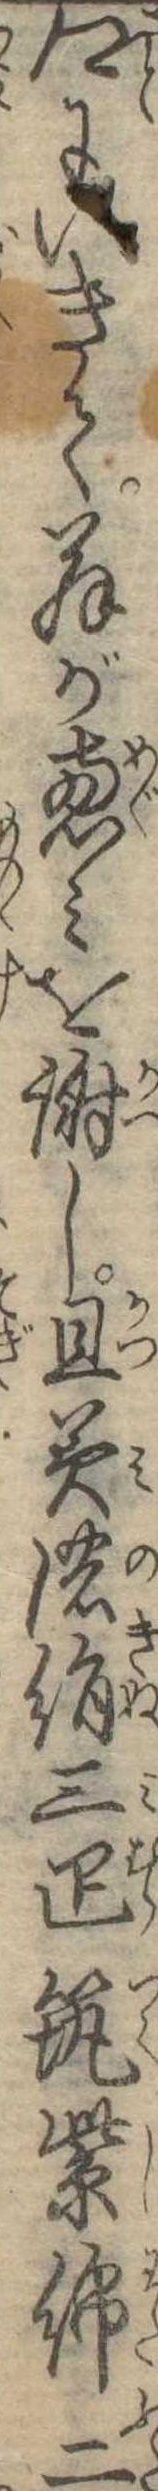
郷にいきて翁が恵みを謝し且美濃絹三疋筑紫綿二